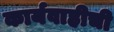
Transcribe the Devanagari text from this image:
कार्यवाहीची